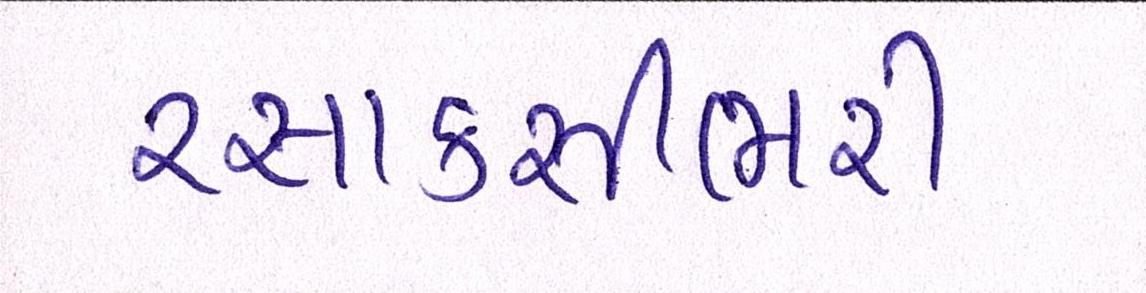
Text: રસાકસીભરી